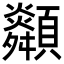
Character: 𩕶